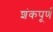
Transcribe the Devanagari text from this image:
शंकपूर्ण